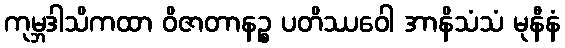
ကုမ္ဘဒါသိကထာ ဝိဇာတာနဉ္စ ပတိဿဝေါ အာနိသံသံ မုနီနံ